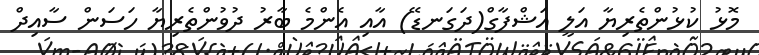
މޮޅު ކުޅުންތެރިޔާ އަލީ އަޝްފާގް(ދަގަނޑޭ) އާއި އެންމެ ބާރު ދުވުންތެރިޔާ ހަސަން ސާއިދް